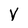
Character: V